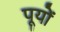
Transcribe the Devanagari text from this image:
पूयों